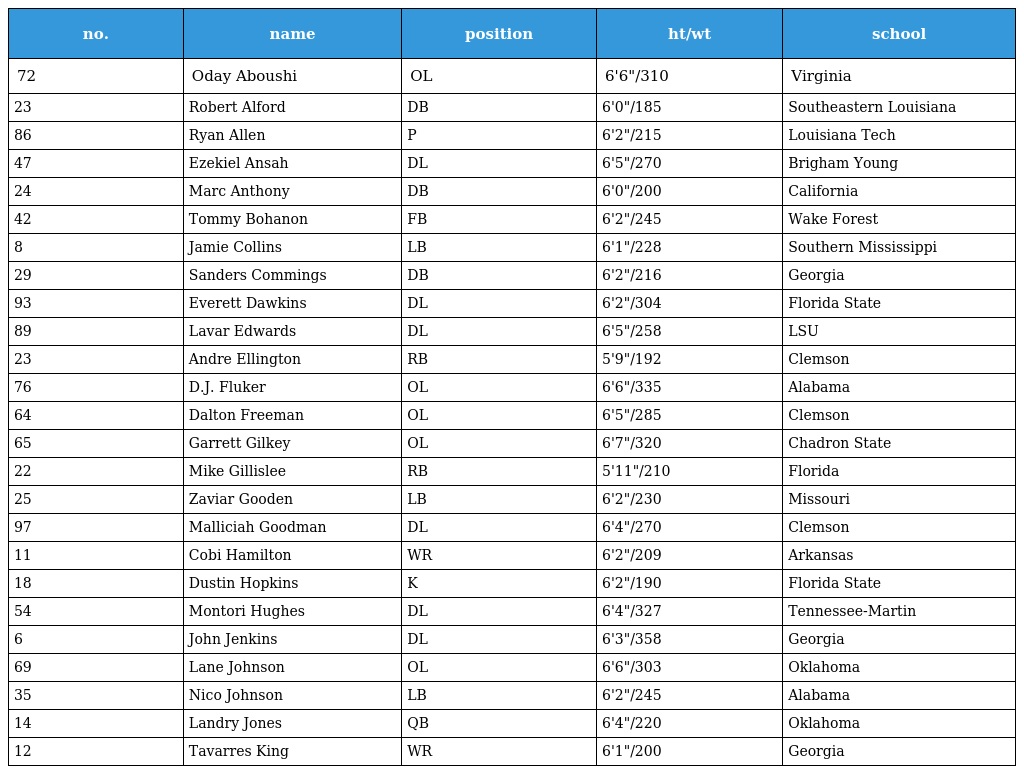
| no. | name | position | ht/wt | school |
 | --- | --- | --- | --- | --- |
 | 72 | Oday Aboushi | OL | 6'6"/310 | Virginia |
 | 23 | Robert Alford | DB | 6'0"/185 | Southeastern Louisiana |
 | 86 | Ryan Allen | P | 6'2"/215 | Louisiana Tech |
 | 47 | Ezekiel Ansah | DL | 6'5"/270 | Brigham Young |
 | 24 | Marc Anthony | DB | 6'0"/200 | California |
 | 42 | Tommy Bohanon | FB | 6'2"/245 | Wake Forest |
 | 8 | Jamie Collins | LB | 6'1"/228 | Southern Mississippi |
 | 29 | Sanders Commings | DB | 6'2"/216 | Georgia |
 | 93 | Everett Dawkins | DL | 6'2"/304 | Florida State |
 | 89 | Lavar Edwards | DL | 6'5"/258 | LSU |
 | 23 | Andre Ellington | RB | 5'9"/192 | Clemson |
 | 76 | D.J. Fluker | OL | 6'6"/335 | Alabama |
 | 64 | Dalton Freeman | OL | 6'5"/285 | Clemson |
 | 65 | Garrett Gilkey | OL | 6'7"/320 | Chadron State |
 | 22 | Mike Gillislee | RB | 5'11"/210 | Florida |
 | 25 | Zaviar Gooden | LB | 6'2"/230 | Missouri |
 | 97 | Malliciah Goodman | DL | 6'4"/270 | Clemson |
 | 11 | Cobi Hamilton | WR | 6'2"/209 | Arkansas |
 | 18 | Dustin Hopkins | K | 6'2"/190 | Florida State |
 | 54 | Montori Hughes | DL | 6'4"/327 | Tennessee-Martin |
 | 6 | John Jenkins | DL | 6'3"/358 | Georgia |
 | 69 | Lane Johnson | OL | 6'6"/303 | Oklahoma |
 | 35 | Nico Johnson | LB | 6'2"/245 | Alabama |
 | 14 | Landry Jones | QB | 6'4"/220 | Oklahoma |
 | 12 | Tavarres King | WR | 6'1"/200 | Georgia |